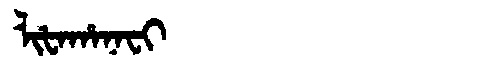
Manchu: ᠯᡳᡶᠠᡥᠠᠨᠠᠸᡳ
Romanization: LIFAHANAFI